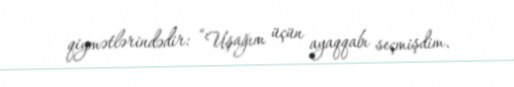
qiymətlərindədir: “Uşağım üçün ayaqqabı seçmişdim.